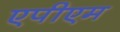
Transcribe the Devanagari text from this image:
एपीएम